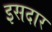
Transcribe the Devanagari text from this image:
इसदार